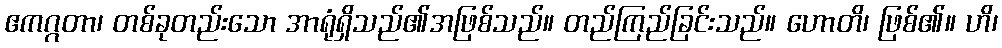
ဧကဂ္ဂတာ၊ တစ်ခုတည်းသော အာရုံရှိသည်၏အဖြစ်သည်။ တည်ကြည်ခြင်းသည်။ ဟောတိ၊ ဖြစ်၏။ ဟိ၊